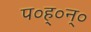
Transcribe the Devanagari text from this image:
प०ह्०न्०